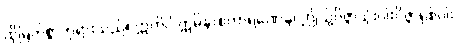
ထိုမြတ်စွာဘုရားသည်။ ဣတိပိ ဣမိနာစကာရဏေန၊ ဤသို့ဝိဇ္ဇာသုံးပါးဝိဇ္ဇာရှစ်ပါး